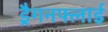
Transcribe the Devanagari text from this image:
ड्रैगनफ्लाई